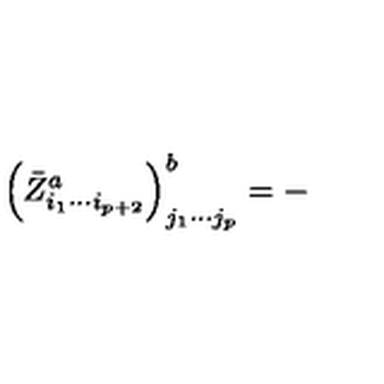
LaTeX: \left( \bar { Z } _ { i _ { 1 } \cdots i _ { p + 2 } } ^ { a } \right) _ { j _ { 1 } \cdots j _ { p } } ^ { b } = -